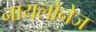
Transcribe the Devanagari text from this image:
नायलोनेज